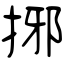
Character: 捓